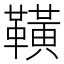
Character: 䪄